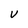
Character: v